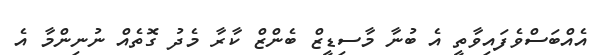
އެއްބަސްވެފައިވާތީ އެ ބުނާ މާސިޑީޒް ބެންޒް ކާރާ މެދު ގޮތެއް ނުނިންމާ އެ